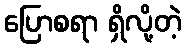
ပြောစရာ ရှိလို့တဲ့